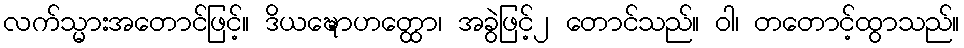
လက်သ္မားအတောင်ဖြင့်။ ဒိယဍ္ဎောဟတ္ထော၊ အခွဲဖြင့်၂ တောင်သည်။ ဝါ၊ တတောင့်ထွာသည်။